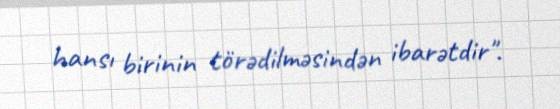
hansı birinin törədilməsindən ibarətdir".